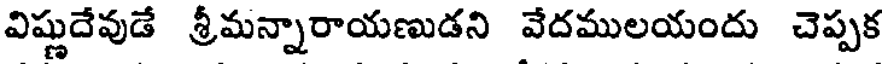
విష్ణుదేవుడే శ్రీమన్నారాయణుడని వేదములయందు చెప్పక